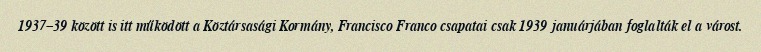
1937–39 között is itt működött a Köztársasági Kormány, Francisco Franco csapatai csak 1939 januárjában foglalták el a várost.